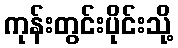
ကုန်းတွင်းပိုင်းသို့